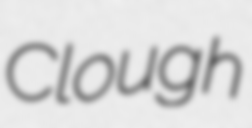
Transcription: Clough